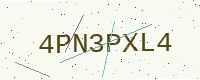
Text: 4PN3PXL4